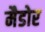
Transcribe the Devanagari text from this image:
मैडोर